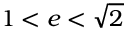
1 < e < { \sqrt { 2 } }